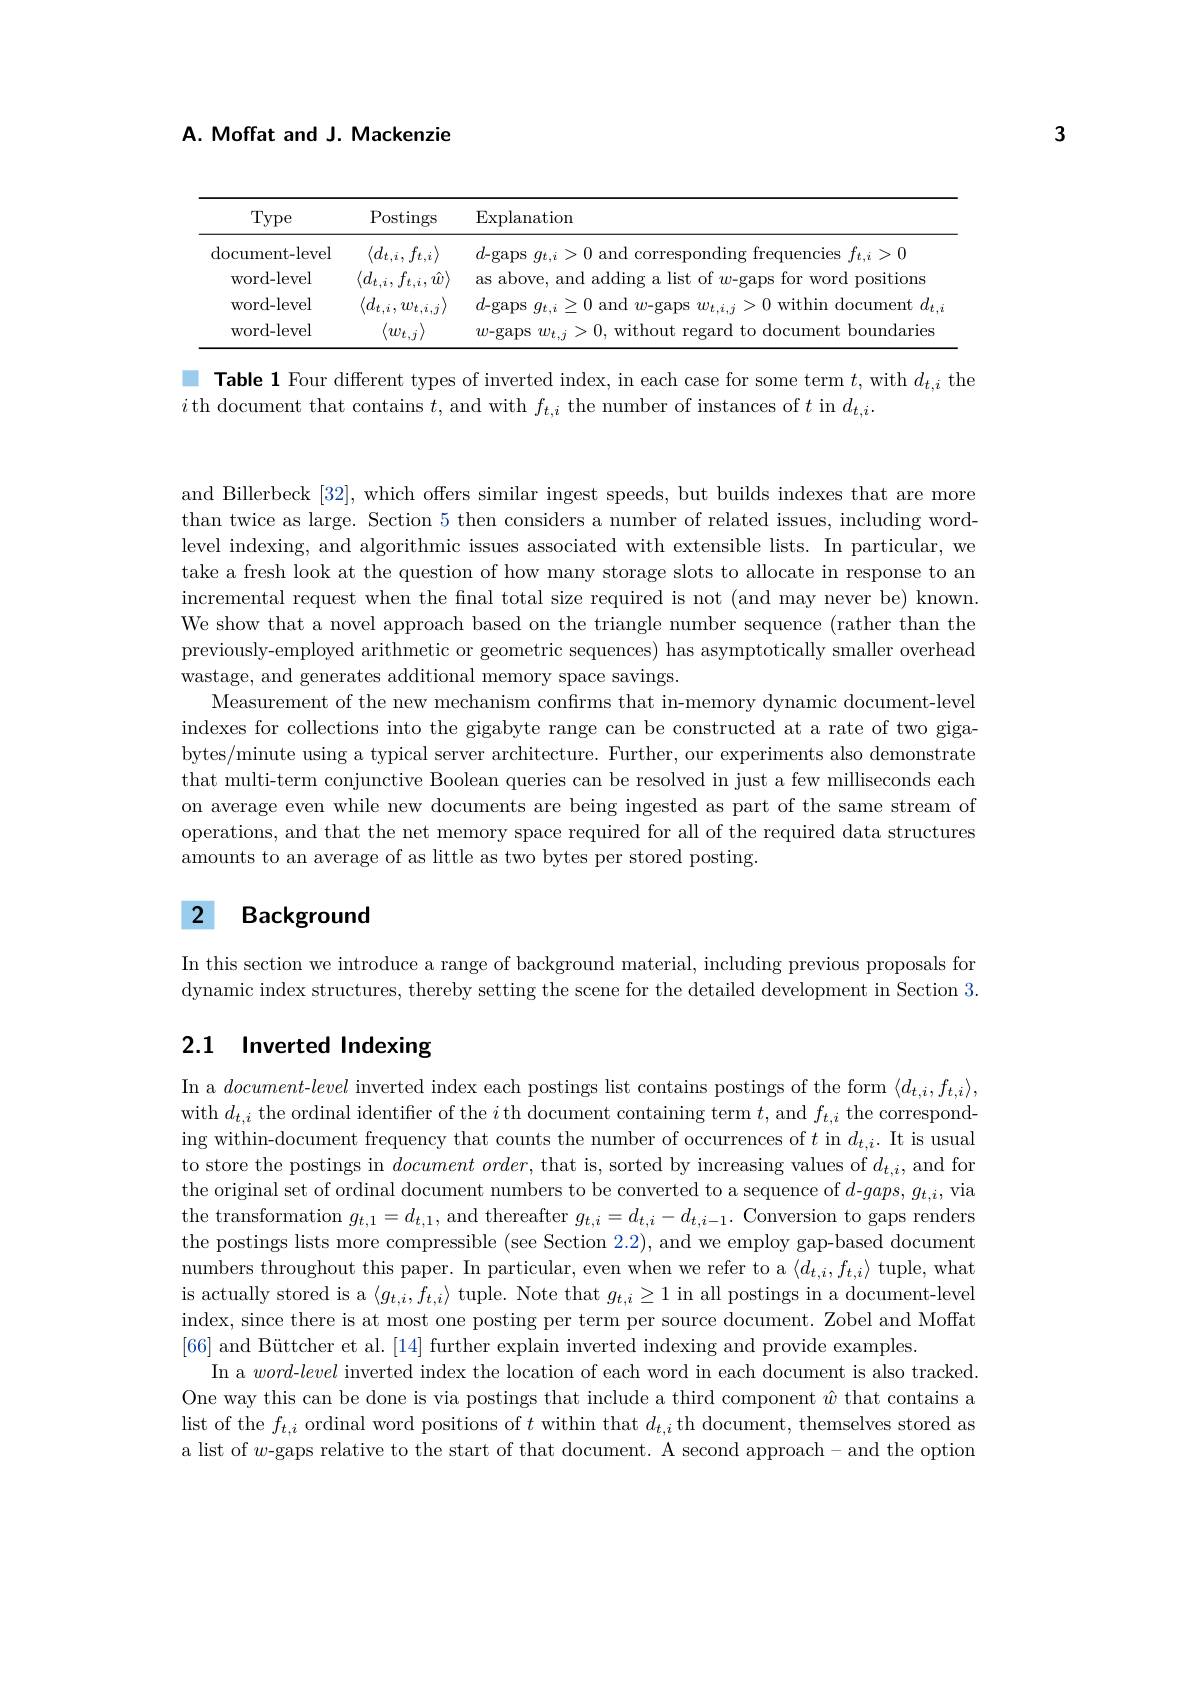
3

A. Moffat and J. Mackenzie

<table>
	<tbody>
		<tr>
			<th>Type</th>
			<th>Postings</th>
			<th>$\operatorname{Explanation}$</th>
		</tr>
		<tr>
			<td>$\operatorname{document-level}$</td>
			<td>$\langle d_{t,i},f_{t,i}\rangle$</td>
			<td>$d$-gaps $g_t,i>0$ and corresponding frequencies $f_t,i>0$</td>
		</tr>
		<tr>
			<td>word- level</td>
			<td>$\langle d_{t,i},f_{t,i},\hat{w}\rangle$</td>
			<td>as above $\operatorname{ddim}$ WOrd ${\mathrm{~f~positions}}$ amd IST</td>
		</tr>
		<tr>
			<td>word- level</td>
			<td>$\langle d_{t,i},w_{t,i,j}\rangle$</td>
			<td>$11ment$ $=m_{1}$</td>
		</tr>
		<tr>
			<td>word- level</td>
			<td>$w_{t}.$</td>
			<td>laries 7/1.</td>
		</tr>
	</tbody>
</table>

 Table 1 Four different types of inverted index, in each case for some term $t$, with $d_t,i$ the
$i$ th document that contains $t$, and with $f_t,i$ the number of instances of $t$ in $d_t,i.$

and Billerbeck [32], which offers similar ingest speeds, but builds indexes that are more than twice as large. Section 5 then considers a number of related issues, including wordlevel indexing, and algorithmic issues associated with extensible lists. In particular, we take a fresh look at the question of how many storage slots to allocate in response to an incremental request when the final total size required is not (and may never be) known. We show that a novel approach based on the triangle number sequence (rather than the previously-employed arithmetic or geometric sequences) has asymptotically smaller overhead wastage, and generates additional memory space savings.
Measurement of the new mechanism confırms that in-memory dynamic document-level indexes for collections into the gigabyte range can be constructed at a rate of two gigabytes/minute using a typical server architecture. Further, our experiments also demonstrate that multi-term conjunctive Boolean queries can be resolved in just a few milliseconds each on average even while new documents are being ingested as part of the same stream of operations, and that the net memory space required for all of the required data structures amounts to an average of as little as two bytes per stored posting.

## 2 Background

In this section we introduce a range of background material, including previous proposals for dynamic index structures, thereby setting the scene for the detailed development in Section 3.

# 2.1 Inverted Indexing

In a $document-level$ inverted index each postings list contains postings of the form $\langle d_t,i,f_{t,i}\rangle$, with $d_t,i$ the ordinal identifier of the $i$ th document containing term $t$, and $f_t,i$ the corresponding within-document frequency that counts the number of occurrences of $t$ in $d_t,i.$ It is usual to store the postings in $documentorder$, that is, sorted by increasing values of $d_t,i$, and for the original set of ordinal document numbers to be converted to a sequence of $d$-$gaps,g_t,i$,via the transformation $g_t,1=d_{t,1}$, and thereafter $g_t,i=d_{t,i}-d_{t,i-1}.$ Conversion to gaps renders the postings lists more compressible (see Section 2.2), and we employ gap-based document numbers throughout this paper. In particular, even when we refer to a $\langle d_{t,i},f_{t,i}\rangle$ tuple, what is actually stored is a $\langle g_{t,i},f_{t,i}\rangle$ tuple. Note that $g_t,i\geq1$ in all postings in a document-level index, since there is at most one posting per term per source document. Zobel and Moffat [66] and Büttcher et al. [14] further explain inverted indexing and provide examples
In a word-level inverted index the location of each word in each document is also tracked One way this can be done is via postings that include a third component $\hat{w}$ that contains a list of the $f_t,i$ ordinal word positions of $t$ within that $d_t,i$ th document, themselves stored as a list of $w$-gaps relative to the start of that document. A second approach- and the option